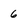
Character: 6